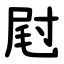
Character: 屗